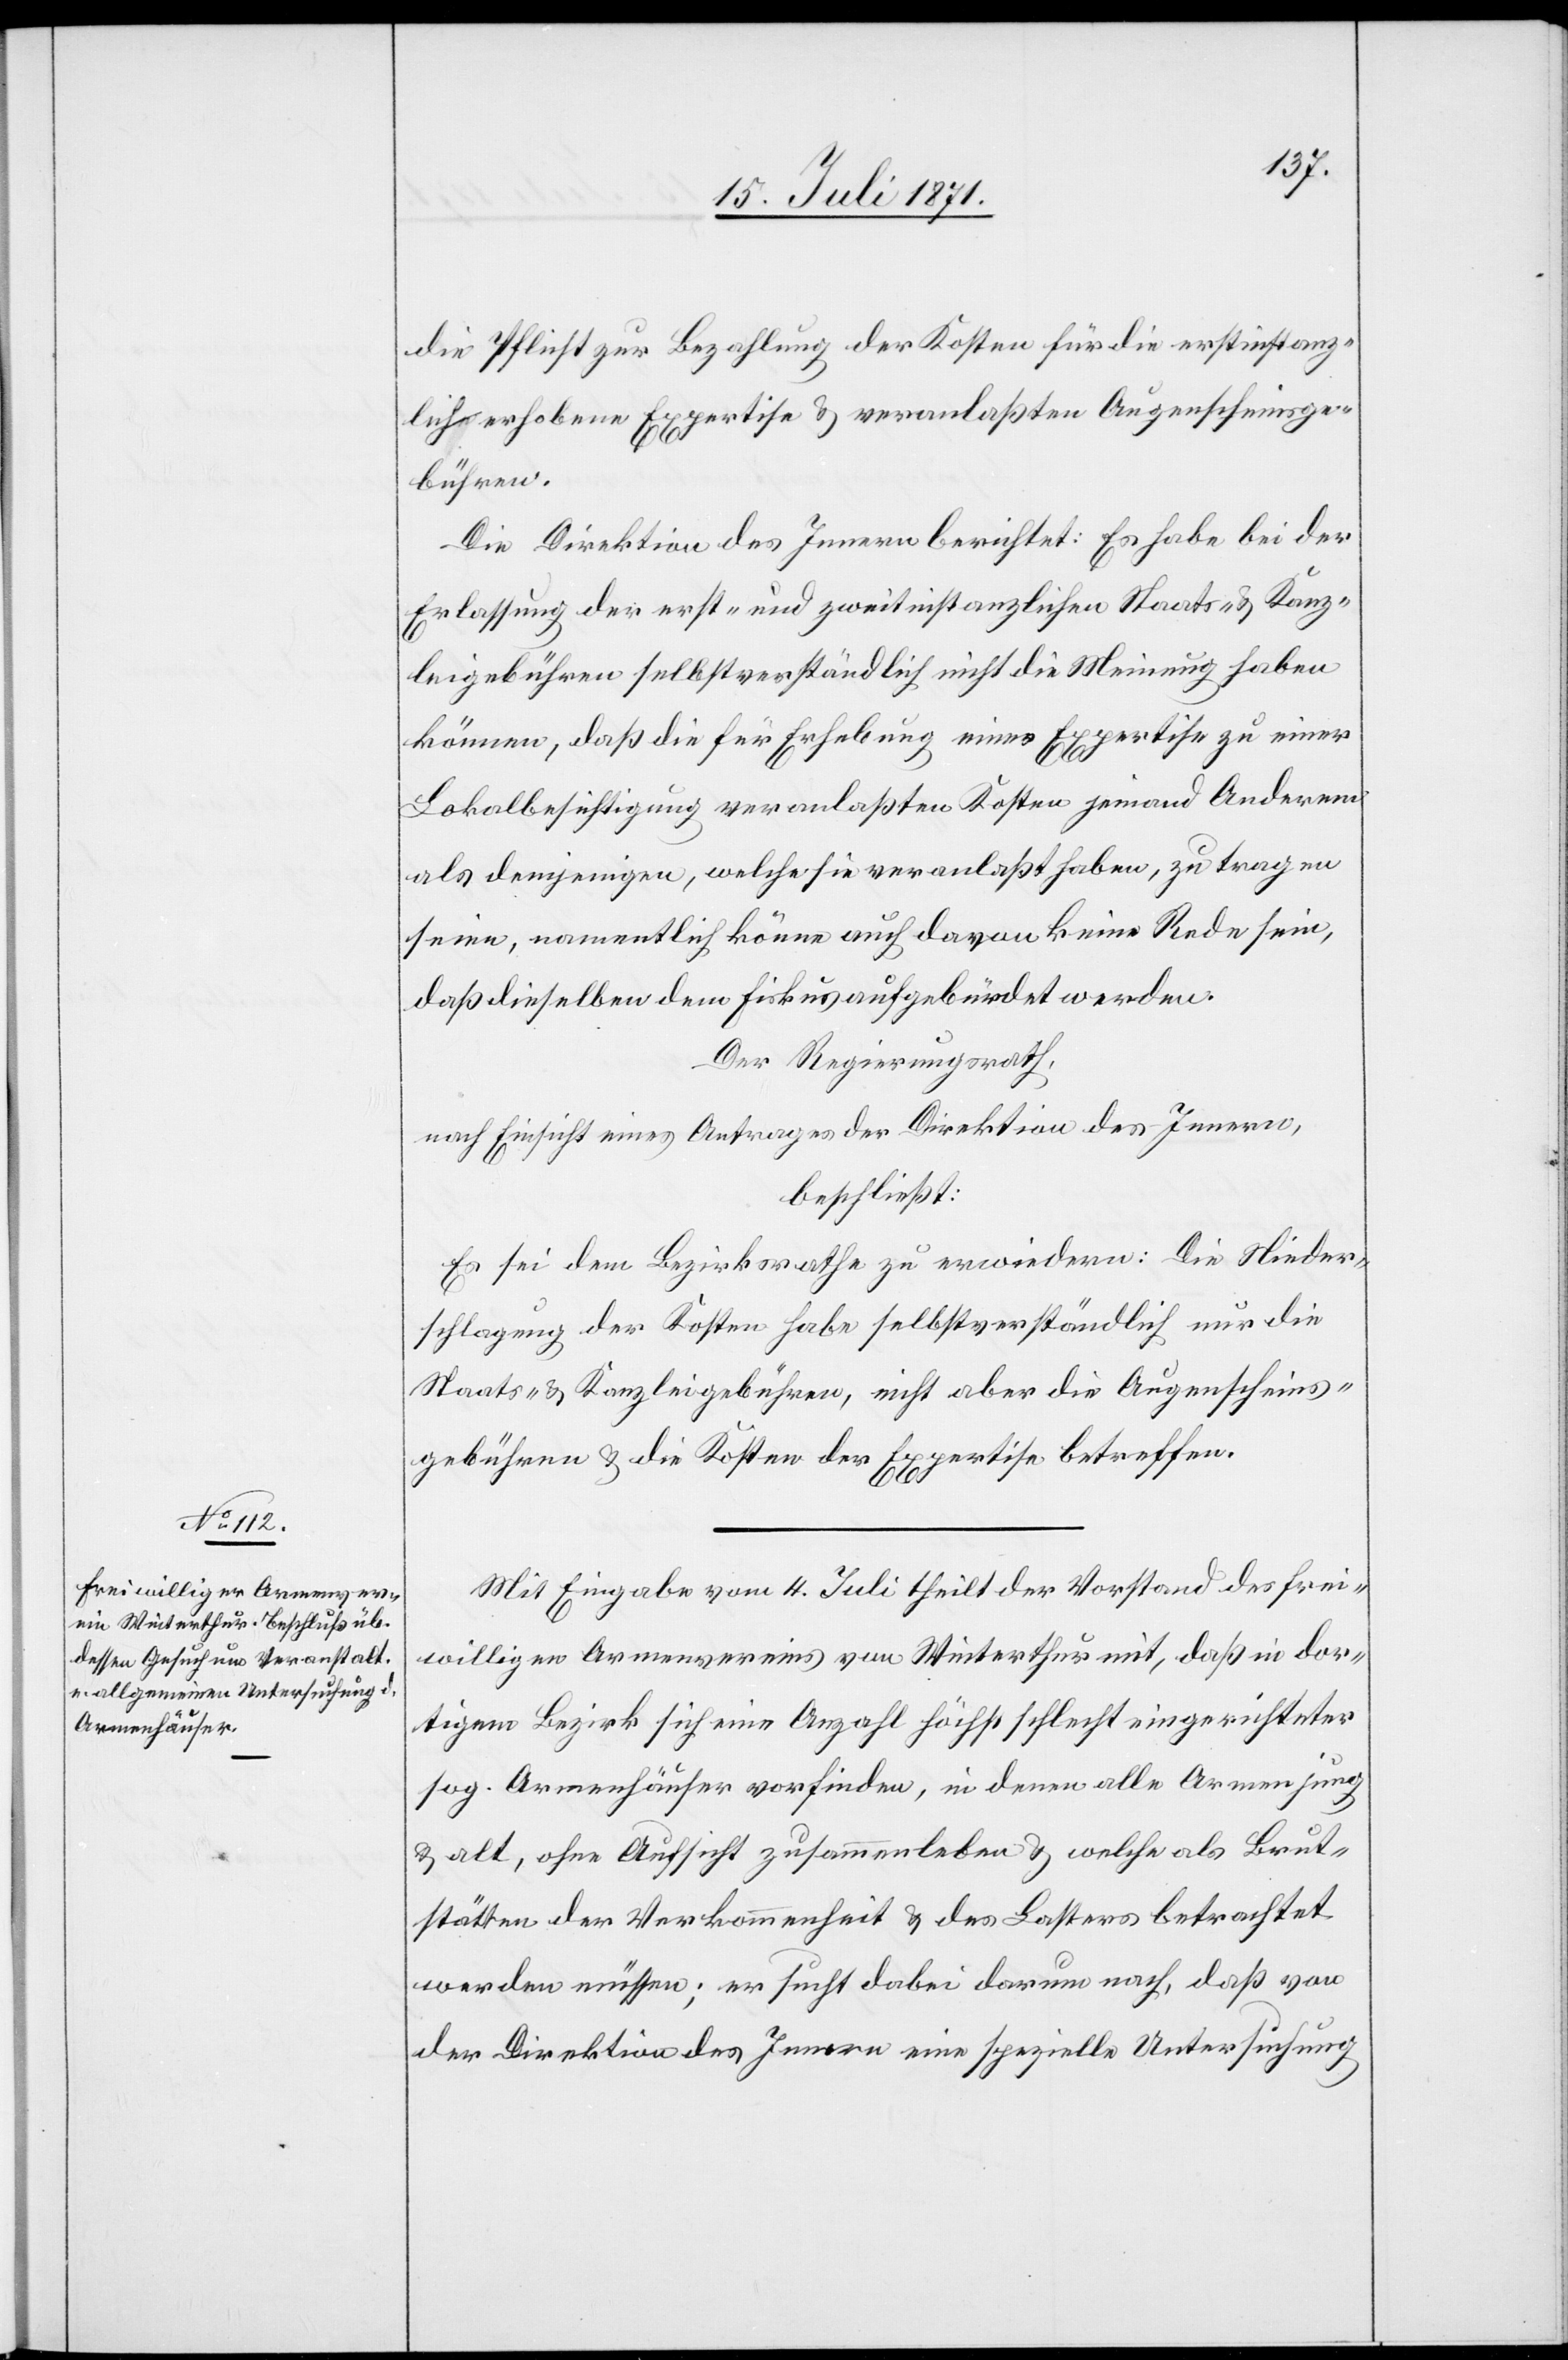
die Pflicht zur Bezahlung der Kosten für die erstinstanz¬
lich erhobene Expertise u. veranlaßten Augenscheinsge¬
bühren.
Die Direktion des Innern berichtet: Es habe bei der
Erlassung der erst- und zweitinstanzlichen Staats- u. Kanz¬
leigebühren selbstverständlich nicht die Meinung haben
können, daß die für Erhebung einer Expertise zu einer
Lokalbesichtigung veranlaßten Kosten jemand Anderem
als demjenigen, welche sie veranlaßt haben, zu tragen
seien, namentlich könne auch davon keine Rede sein,
daß dieselben dem Fiskus aufgebürdet werden.
Der Regierungsrath,
nach Einsicht eines Antrages der Direktion des Innern,
beschließt:
Es sei dem Bezirksrathe zu erwiedern: Die Nieder¬
schlagung der Kosten habe selbstverständlich nur die
Staats- u. Kanzleigebühren, nicht aber die Augenscheins¬
gebühren u. die Kosten der Expertise betreffen
Mit Eingabe vom 4. Juli theilt der Vorstand des frei¬
willigen Armenvereins von Winterthur mit, daß in dor¬
tigem Bezirk sich eine Anzahl höchst schlecht eingerichteter
sog. Armenhäuser vorfinden, in denen alle Armen jung
u. alt, ohne Aufsicht zusammenleben u. welche als Brut¬
stätten der Verkommenheit u. des Lasters betrachtet
werden müssen; er sucht dabei darum nach, daß von
der Direktion des Innern eine spezielle Untersuchung